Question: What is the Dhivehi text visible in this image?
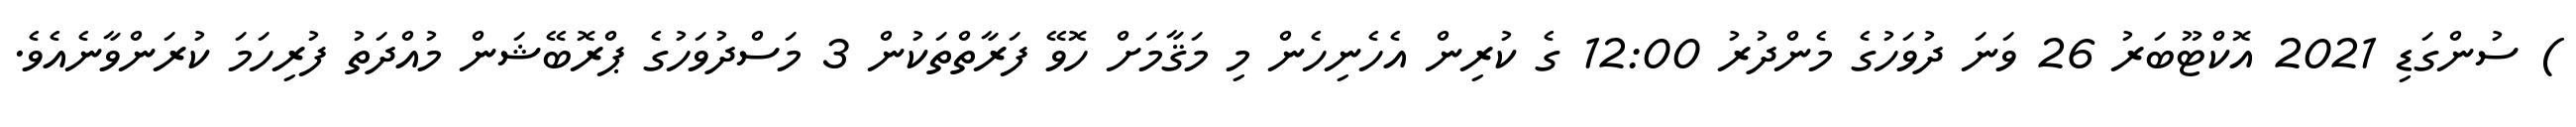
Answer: ) ސުންގަޑި 2021 އޮކްޓޫބަރު 26 ވަނަ ދުވަހުގެ މެންދުރު 12:00 ގެ ކުރިން އެހެނިހެން މި މަޤާމަށް ހޮވޭ ފަރާތްތަކުން 3 މަސްދުވަހުގެ ޕްރޮބޭޝަން މުއްދަތު ފުރިހަމަ ކުރަންވާނެއެވެ.